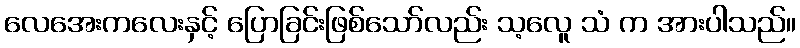
လေအေးကလေးနှင့် ပြောခြင်းဖြစ်သော်လည်း သ့လေူ သံ က အားပါသည်။